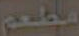
مطعم